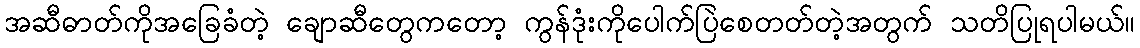
အဆီဓာတ်ကိုအခြေခံတဲ့ ချောဆီတွေကတော့ ကွန်ဒုံးကိုပေါက်ပြဲစေတတ်တဲ့အတွက် သတိပြုရပါမယ်။